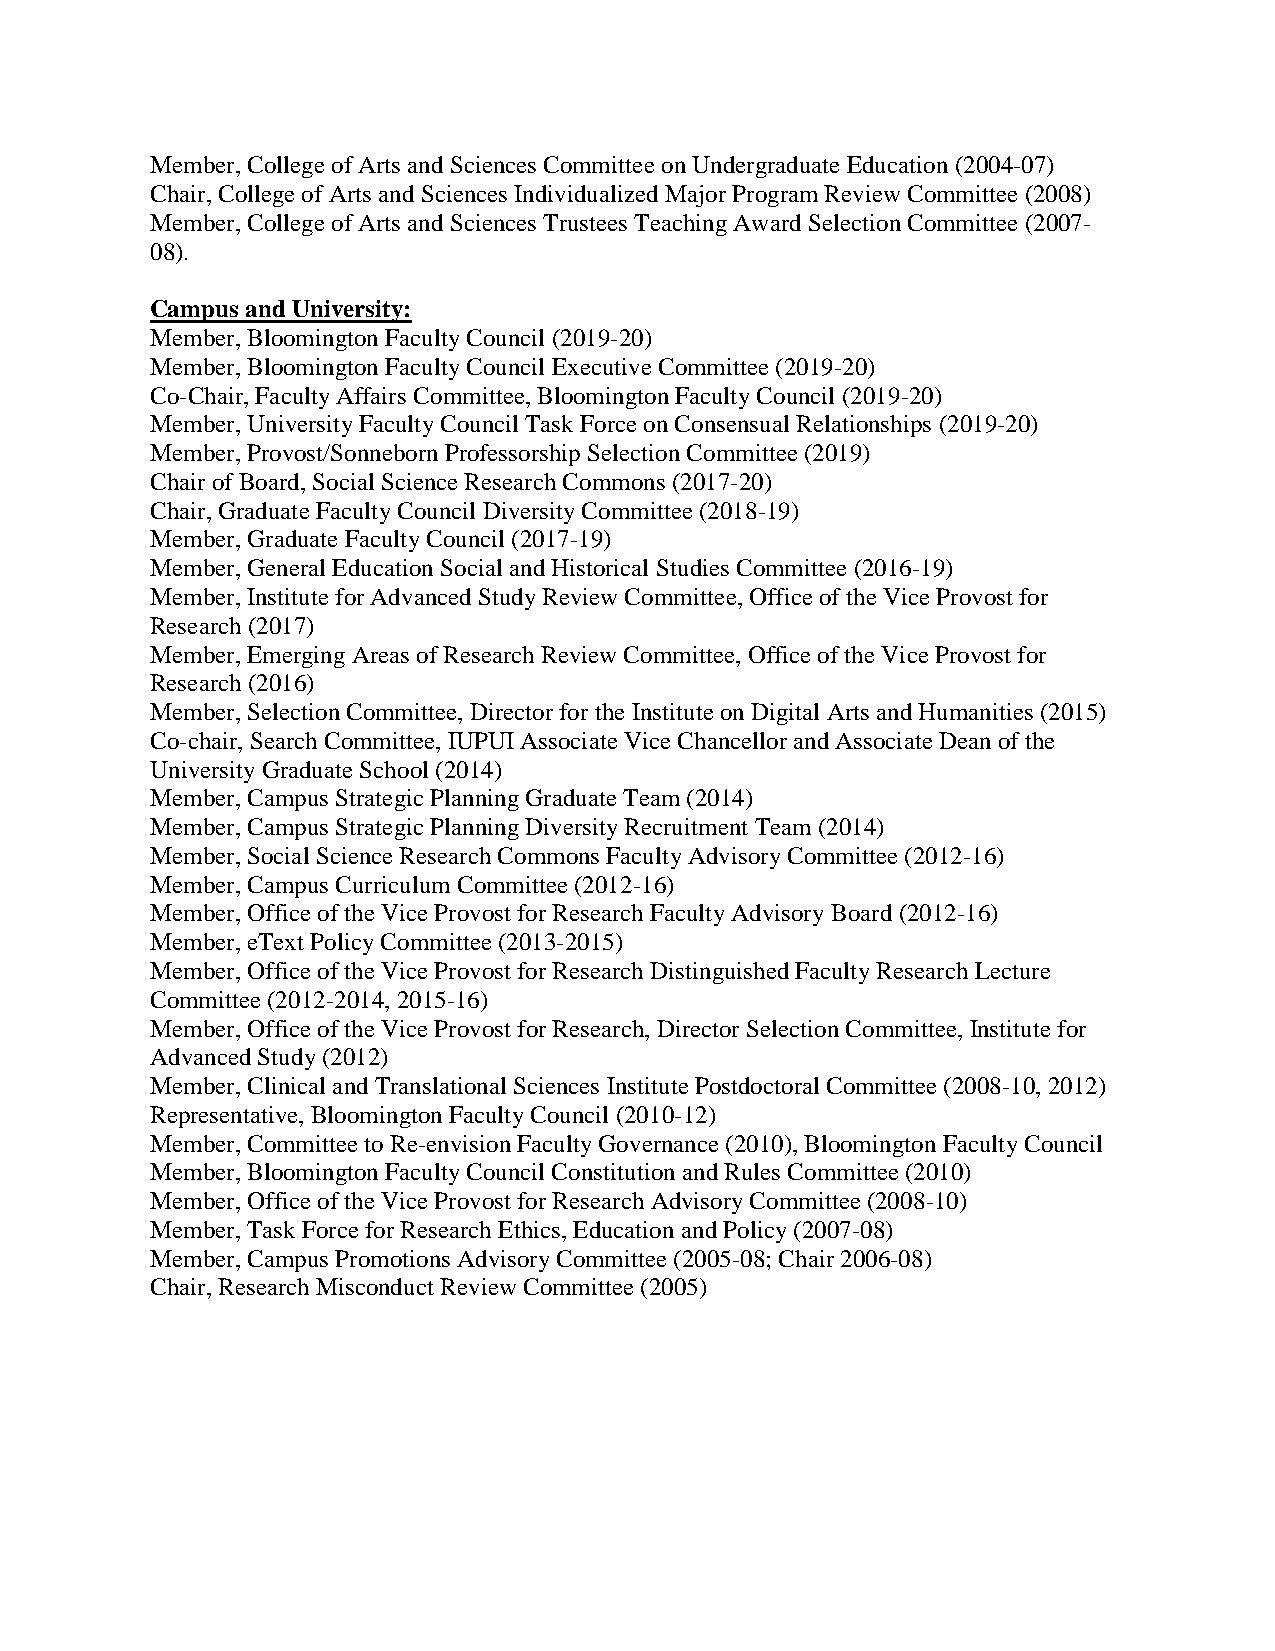
Member, College of Arts and Sciences Committee on Undergraduate Education (2004-07)
 Chair, College of Arts and Sciences Individualized Major Program Review Committee (2008)
 Member, College of Arts and Sciences Trustees Teaching Award Selection Committee (2007-
 08).
 Campus and University:
 Member, Bloomington Faculty Council (2019-20)
 Member, Bloomington Faculty Council Executive Committee (2019-20)
 Co-Chair, Faculty Affairs Committee, Bloomington Faculty Council (2019-20)
 Member, University Faculty Council Task Force on Consensual Relationships (2019-20)
 Member, Provost/Sonneborn Professorship Selection Committee (2019)
 Chair of Board, Social Science Research Commons (2017-20)
 Chair, Graduate Faculty Council Diversity Committee (2018-19)
 Member, Graduate Faculty Council (2017-19)
 Member, General Education Social and Historical Studies Committee (2016-19)
 Member, Institute for Advanced Study Review Committee, Office of the Vice Provost for
 Research (2017)
 Member, Emerging Areas of Research Review Committee, Office of the Vice Provost for
 Research (2016)
 Member, Selection Committee, Director for the Institute on Digital Arts and Humanities (2015)
 Co-chair, Search Committee, IUPUI Associate Vice Chancellor and Associate Dean of the
 University Graduate School (2014)
 Member, Campus Strategic Planning Graduate Team (2014)
 Member, Campus Strategic Planning Diversity Recruitment Team (2014)
 Member, Social Science Research Commons Faculty Advisory Committee (2012-16)
 Member, Campus Curriculum Committee (2012-16)
 Member, Office of the Vice Provost for Research Faculty Advisory Board (2012-16)
 Member, eText Policy Committee (2013-2015)
 Member, Office of the Vice Provost for Research Distinguished Faculty Research Lecture
 Committee (2012-2014, 2015-16)
 Member, Office of the Vice Provost for Research, Director Selection Committee, Institute for
 Advanced Study (2012)
 Member, Clinical and Translational Sciences Institute Postdoctoral Committee (2008-10, 2012)
 Representative, Bloomington Faculty Council (2010-12)
 Member, Committee to Re-envision Faculty Governance (2010), Bloomington Faculty Council
 Member, Bloomington Faculty Council Constitution and Rules Committee (2010)
 Member, Office of the Vice Provost for Research Advisory Committee (2008-10)
 Member, Task Force for Research Ethics, Education and Policy (2007-08)
 Member, Campus Promotions Advisory Committee (2005-08; Chair 2006-08)
 Chair, Research Misconduct Review Committee (2005)